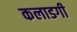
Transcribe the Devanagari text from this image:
कलाडगी